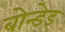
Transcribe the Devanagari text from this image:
बोन्‍डेड